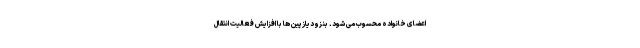
اعضای خانواده محسوب می شود. بنزودیازپین ها با افزایش فعالیت انتقال